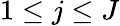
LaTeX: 1\le j\le J